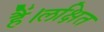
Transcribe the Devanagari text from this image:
हैं।लक्षित